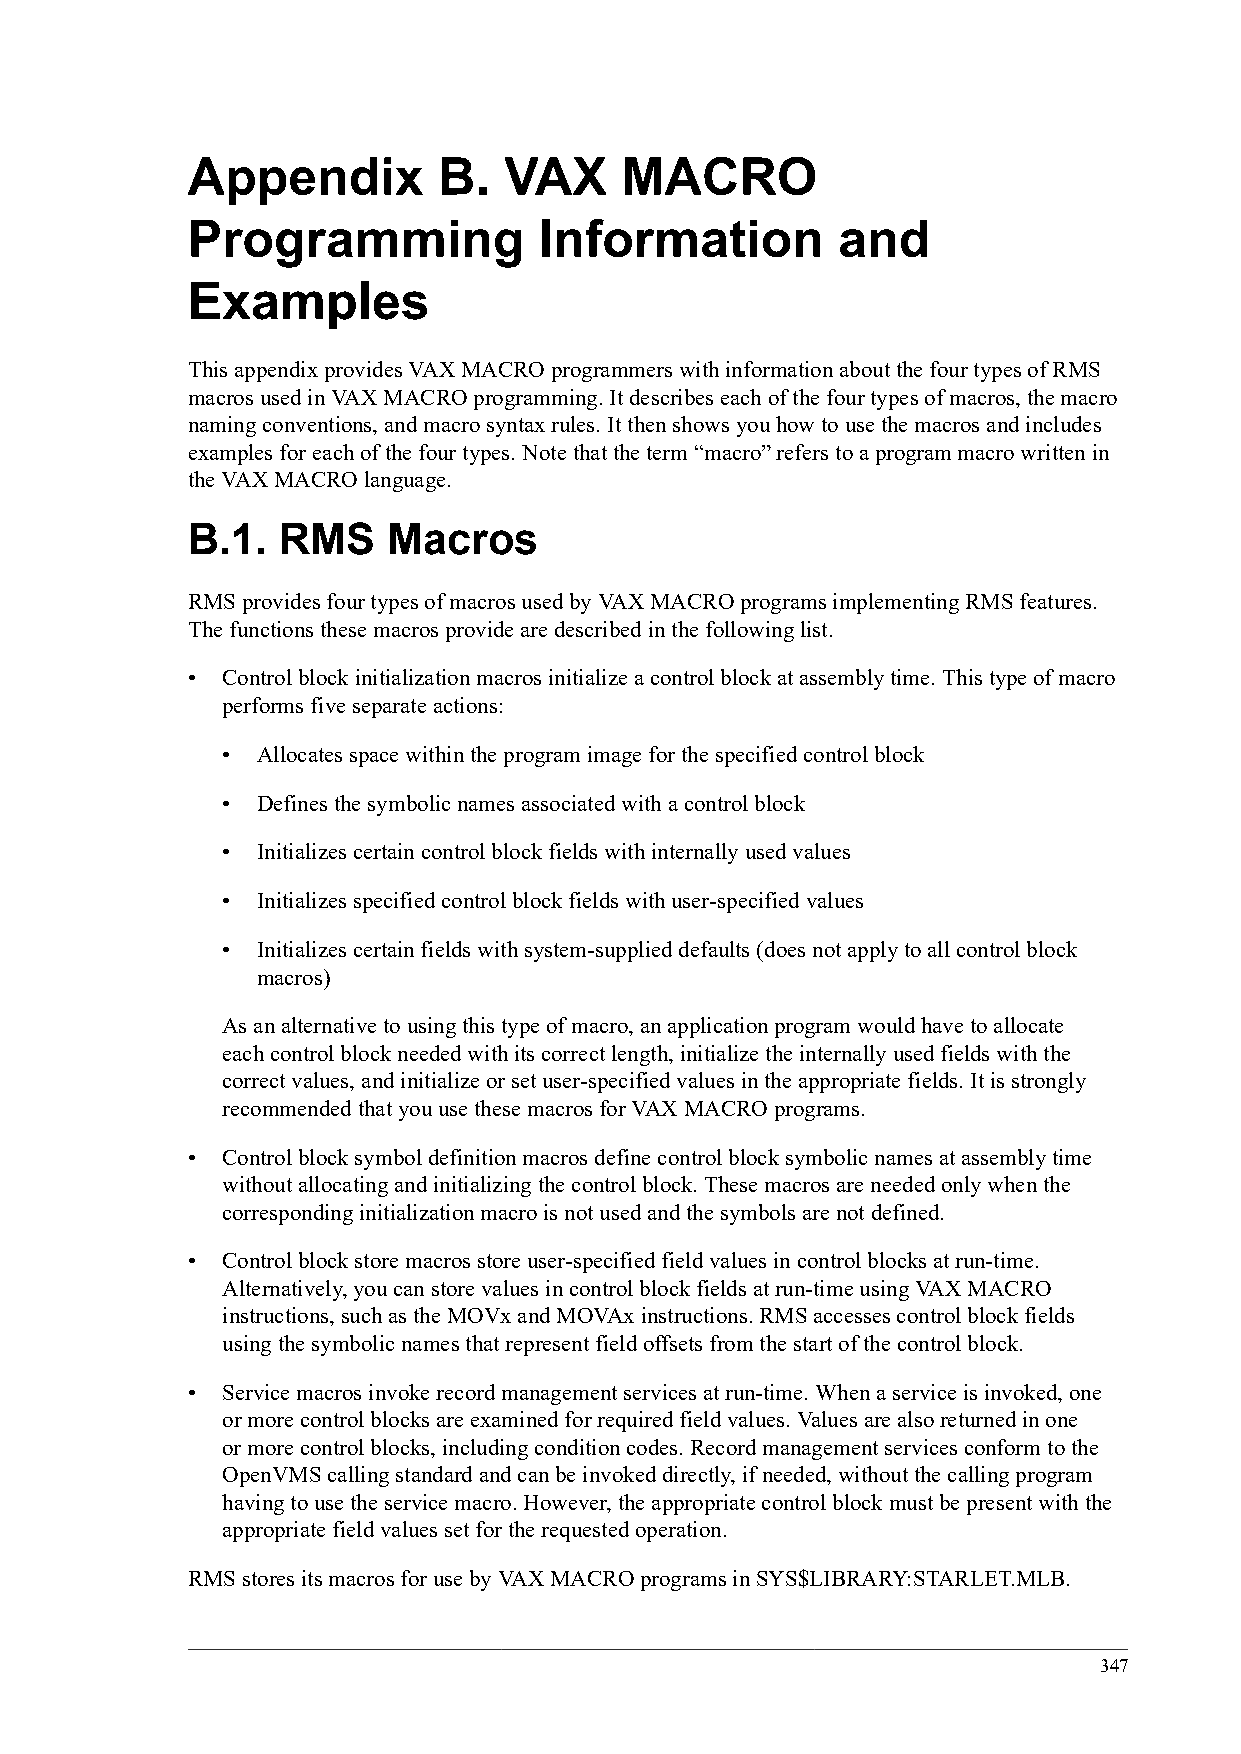
Appendix         B.  VAX     MACRO
 Programming             Information        and
 Examples
 This appendix provides VAX MACRO programmers with information about the four types of RMS
 macros used in VAX MACRO programming. It describes each of the four types of macros, the macro
 naming conventions, and macro syntax rules. It then shows you how to use the macros and includes
 examples for each of the four types. Note that the term “macro” refers to a program macro written in
 the VAX MACRO language.
 B.1.  RMS     Macros
 RMS provides four types of macros used by VAX MACRO programs implementing RMS features.
 The functions these macros provide are described in the following list.
 •  Control block initialization macros initialize a control block at assembly time. This type of macro
 performs five separate actions:
 • Allocates space within the program image for the specified control block
 • Defines the symbolic names associated with a control block
 • Initializes certain control block fields with internally used values
 • Initializes specified control block fields with user-specified values
 • Initializes certain fields with system-supplied defaults (does not apply to all control block
 macros)
 As an alternative to using this type of macro, an application program would have to allocate
 each control block needed with its correct length, initialize the internally used fields with the
 correct values, and initialize or set user-specified values in the appropriate fields. It is strongly
 recommended that you use these macros for VAX MACRO programs.
 •  Control block symbol definition macros define control block symbolic names at assembly time
 without allocating and initializing the control block. These macros are needed only when the
 corresponding initialization macro is not used and the symbols are not defined.
 •  Control block store macros store user-specified field values in control blocks at run-time.
 Alternatively, you can store values in control block fields at run-time using VAX MACRO
 instructions, such as the MOVx and MOVAx instructions. RMS accesses control block fields
 using the symbolic names that represent field offsets from the start of the control block.
 •  Service macros invoke record management services at run-time. When a service is invoked, one
 or more control blocks are examined for required field values. Values are also returned in one
 or more control blocks, including condition codes. Record management services conform to the
 OpenVMS calling standard and can be invoked directly, if needed, without the calling program
 having to use the service macro. However, the appropriate control block must be present with the
 appropriate field values set for the requested operation.
 RMS stores its macros for use by VAX MACRO programs in SYS$LIBRARY:STARLET.MLB.
 347